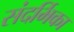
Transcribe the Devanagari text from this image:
संदर्भिका